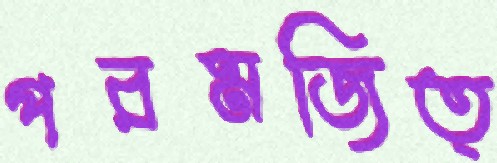
পরমজিত্